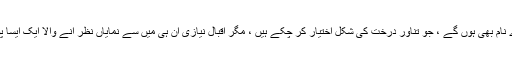
ڈرامہ نگاری اور ہدایت کاری کے شعبے میں ضرور کچھ اہم اور بڑے نام بھی ہوں گے ، جو تناور درخت کی شکل اختیار کر چکے ہیں ، مگر اقبال نیازی ان ہی میں سے نمایاں نظر آنے والا ایک ایسا پودا ہے ، جو مستقبل میں ان مضبوط درختوں کی صف میں نظر آئے گا۔